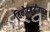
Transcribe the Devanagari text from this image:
विनोदबुद्धीबाबत